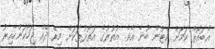
އެބައޮތް ކަމަށް މެޓުން ބުނެ އެވެ. އުތުރުގެ އަތޮޅުތަކަށް މިރޭ ދޭއް ޖަހާކަންހާއިރު